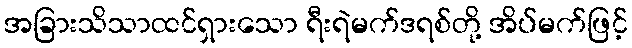
အခြားသိသာထင်ရှားသော ရီးရဲမက်ဒရစ်တို့ အိပ်မက်ဖြင့်